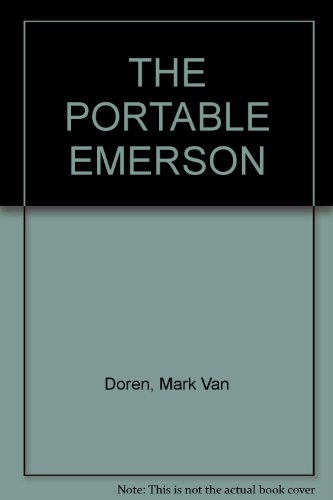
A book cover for THE PORTABLE EMERSON; Mark Van Doren; Politics & Social Sciences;